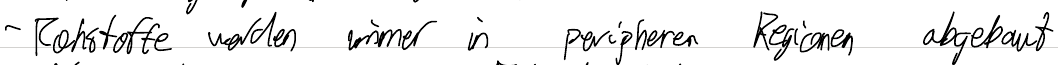
- Rohstoffe werden immer in peripheren Regionen abgebaut